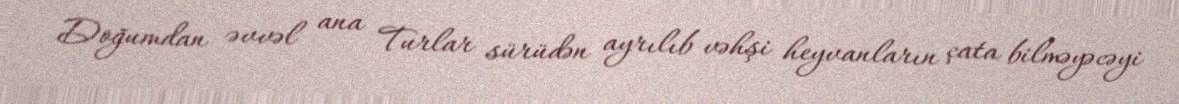
Doğumdan əvvəl ana Turlar sürüdən ayrılıb vəhşi heyvanların çata bilməyəcəyi